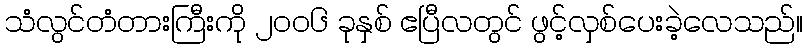
သံလွင်တံတားကြီးကို ၂၀၀၆ ခုနှစ် ဧပြီလတွင် ဖွင့်လှစ်ပေးခဲ့လေသည်။